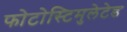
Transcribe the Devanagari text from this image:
फोटोस्टिमुलेटेड